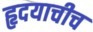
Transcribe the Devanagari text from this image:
हृदयाचीच